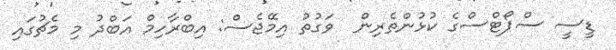
ޑީސީ ސްޕޯޓްސްގެ ކުޅުންތެރިން  ވަގުތު އިމޭޖެސް: އިބްރާހިމް އަބްދު މި މެޗުގައި